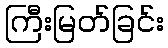
ကြီးမြတ်ခြင်း